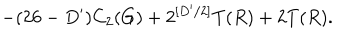
LaTeX: - ( 2 6 - D ^ { \prime } ) C _ { 2 } ( G ) + 2 ^ { [ D ^ { \prime } / 2 ] } T ( R ) + 2 T ( R ) .